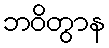
ဘဝိတွာန